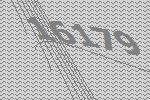
16179